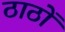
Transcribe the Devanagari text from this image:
ठाठों